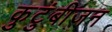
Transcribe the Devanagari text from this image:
कुटुंबीजन